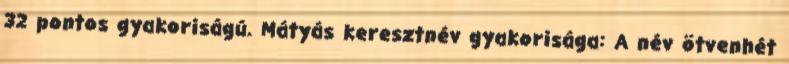
32 pontos gyakoriságú. Mátyás keresztnév gyakorisága: A név ötvenhét